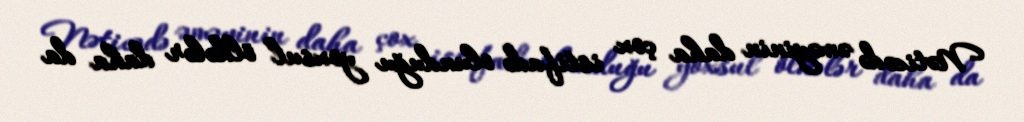
Nəticədə əməyinin daha çox istifadə olunduğu yoxsul ölkələr daha da